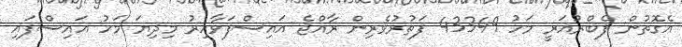
އެގޮތުން ފެބްރުއަރީ މަހު 43349 ފަތުރުވެރިން ރާއްޖެ އައިސްފަވާއިރު މިދިޔަ މަހު އައިސްފައި